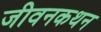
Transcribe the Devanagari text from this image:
जीवनकथन